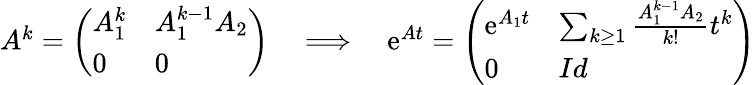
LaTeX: \begin{array}{r}{A^{k}=\left(\begin{array}{ll}{A_{1}^{k}}&{A_{1}^{k-1}A_{2}}\\ {0}&{0}\end{array}\right)\quad\Longrightarrow\quad\mathrm{e}^{At}=\left(\begin{array}{ll}{\mathrm{e}^{A_{1}t}}&{\sum_{k\geq 1}\frac{A_{1}^{k-1}A_{2}}{k!}t^{k}}\\ {0}&{Id}\end{array}\right)}\end{array}